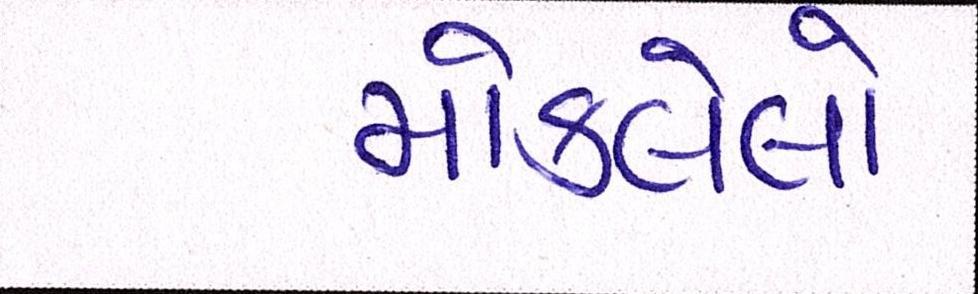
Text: મોકલેલો